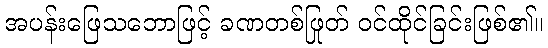
အပန်းဖြေသဘောဖြင့် ခဏတစ်ဖြုတ် ဝင်ထိုင်ခြင်းဖြစ်၏။